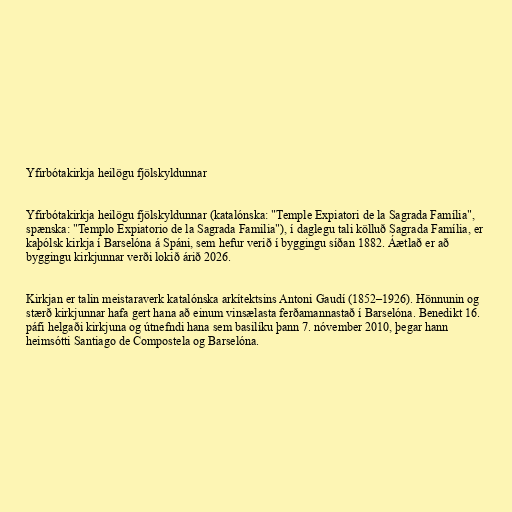
Yfirbótakirkja heilögu fjölskyldunnar

Yfirbótakirkja heilögu fjölskyldunnar (katalónska: "Temple Expiatori de la Sagrada Família",
spænska: "Templo Expiatorio de la Sagrada Familia"), í daglegu tali kölluð Sagrada Família, er
kaþólsk kirkja í Barselóna á Spáni, sem hefur verið í byggingu síðan 1882. Áætlað er að
byggingu kirkjunnar verði lokið árið 2026.

Kirkjan er talin meistaraverk katalónska arkítektsins Antoni Gaudí (1852–1926). Hönnunin og
stærð kirkjunnar hafa gert hana að einum vinsælasta ferðamannastað í Barselóna. Benedikt 16.
páfi helgaði kirkjuna og útnefndi hana sem basilíku þann 7. nóvember 2010, þegar hann
heimsótti Santiago de Compostela og Barselóna.